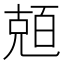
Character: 兡